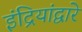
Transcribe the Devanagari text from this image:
इंद्रियांद्वारे